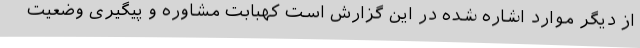
از دیگر موارد اشاره شده در این گزارش است کهبابت مشاوره و پیگیری وضعیت